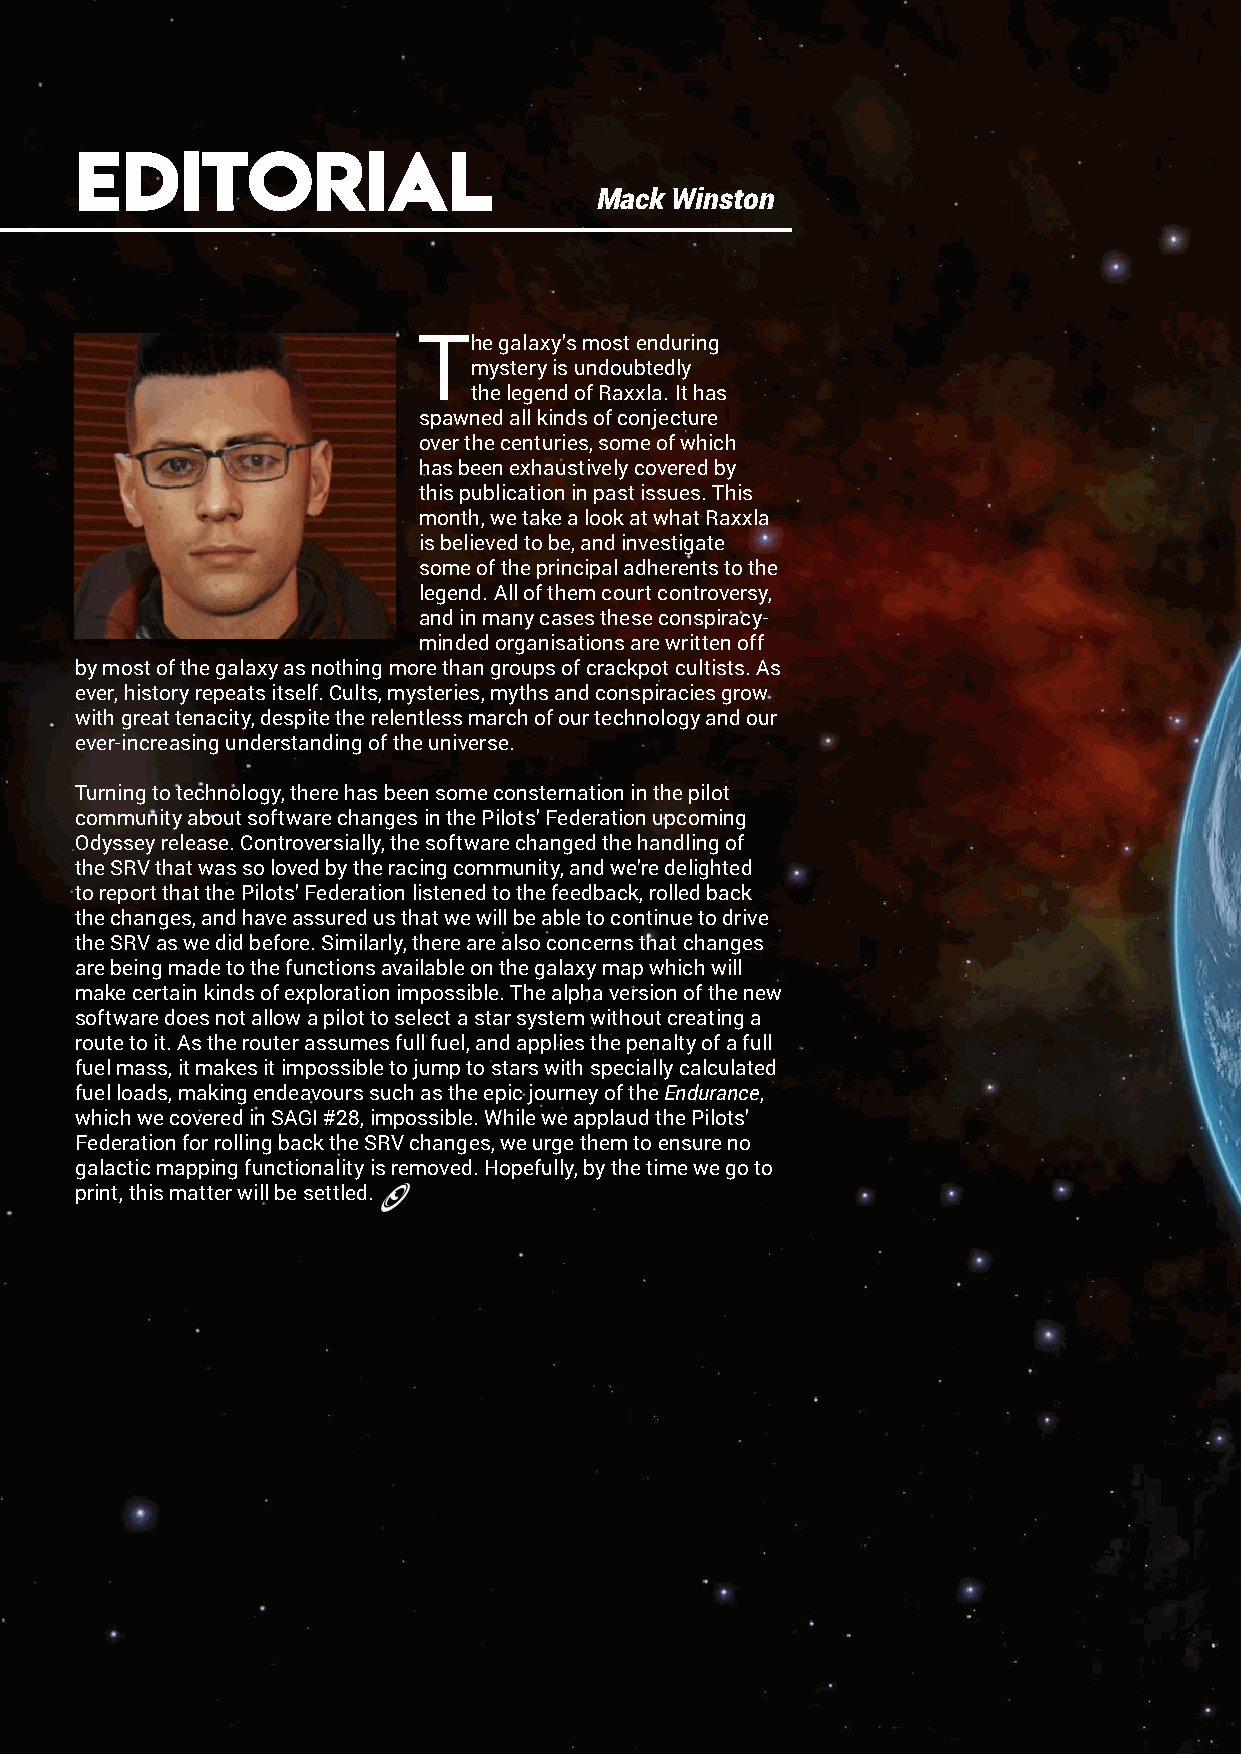
Editorial
 Mack Winston
 The  galaxy’s most enduring
 mystery is undoubtedly
 the legend of Raxxla. It has
 spawned all kinds of conjecture
 over the centuries, some of which
 has been exhaustively covered by
 this publication in past issues. This
 month, we take a look at what Raxxla
 is believed to be, and investigate
 some of the principal adherents to the
 legend. All of them court controversy,
 and in many cases these conspiracy-
 minded organisations are written off
 by most of the galaxy as nothing more than groups of crackpot cultists. As
 ever, history repeats itself. Cults, mysteries, myths and conspiracies grow
 with great tenacity, despite the relentless march of our technology and our
 ever-increasing understanding of the universe.
 Turning to technology, there has been some consternation in the pilot
 community about software changes in the Pilots’ Federation upcoming
 Odyssey release. Controversially, the software changed the handling of
 the SRV that was so loved by the racing community, and we’re delighted
 to report that the Pilots’ Federation listened to the feedback, rolled back
 the changes, and have assured us that we will be able to continue to drive
 the SRV as we did before. Similarly, there are also concerns that changes
 are being made to the functions available on the galaxy map which will
 make certain kinds of exploration impossible. The alpha version of the new
 software does not allow a pilot to select a star system without creating a
 route to it. As the router assumes full fuel, and applies the penalty of a full
 fuel mass, it makes it impossible to jump to stars with specially calculated
 fuel loads, making endeavours such as the epic journey of the Endurance,
 which we covered in SAGI #28, impossible. While we applaud the Pilots’
 Federation for rolling back the SRV changes, we urge them to ensure no
 galactic mapping functionality is removed. Hopefully, by the time we go to
 print, this matter will be settled.